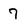
Character: 7